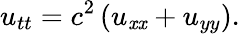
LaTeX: u_{tt}=c^{2}\left(u_{\mathit{x}\mathit{x}}+u_{yy}\right).